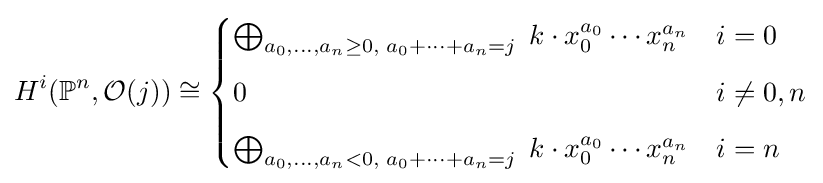
H^{i}(\mathbb {P} ^{n},{\mathcal {O}}(j))\cong {\begin{cases}\bigoplus _{a_{0},\ldots ,a_{n}\geq 0,\;a_{0}+\cdots +a_{n}=j}\;k\cdot x_{0}^{a_{0}}\cdots x_{n}^{a_{n}}&i=0\\[6pt]0&i\neq 0,n\\[6pt]\bigoplus _{a_{0},\ldots ,a_{n}<0,\;a_{0}+\cdots +a_{n}=j}\;k\cdot x_{0}^{a_{0}}\cdots x_{n}^{a_{n}}&i=n\end{cases}}